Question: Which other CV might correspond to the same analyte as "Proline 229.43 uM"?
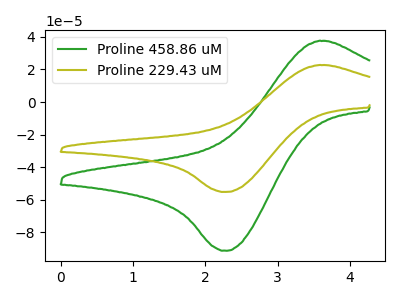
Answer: <think>The green curve "Proline 458.86 uM" has an anodic peak at (3.55V, 37.60uA) and a cathodic peak at (2.30V, -91.25uA). The olive curve "Proline 229.43 uM" has an anodic peak at (3.55V, 22.75uA) and a cathodic peak at (2.30V, -55.20uA).
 All the peaks in "Proline 458.86 uM" have a peak in "Proline 229.43 uM" at the same potential. Every peak in "Proline 458.86 uM" is higher than every peak in "Proline 229.43 uM".</think>
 <answer>The CV with the most similar shape to "Proline 458.86 uM" is "Proline 229.43 uM".</answer>
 <eval>"Proline 229.43 uM"</eval>